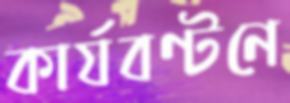
কার্যবণ্টনে